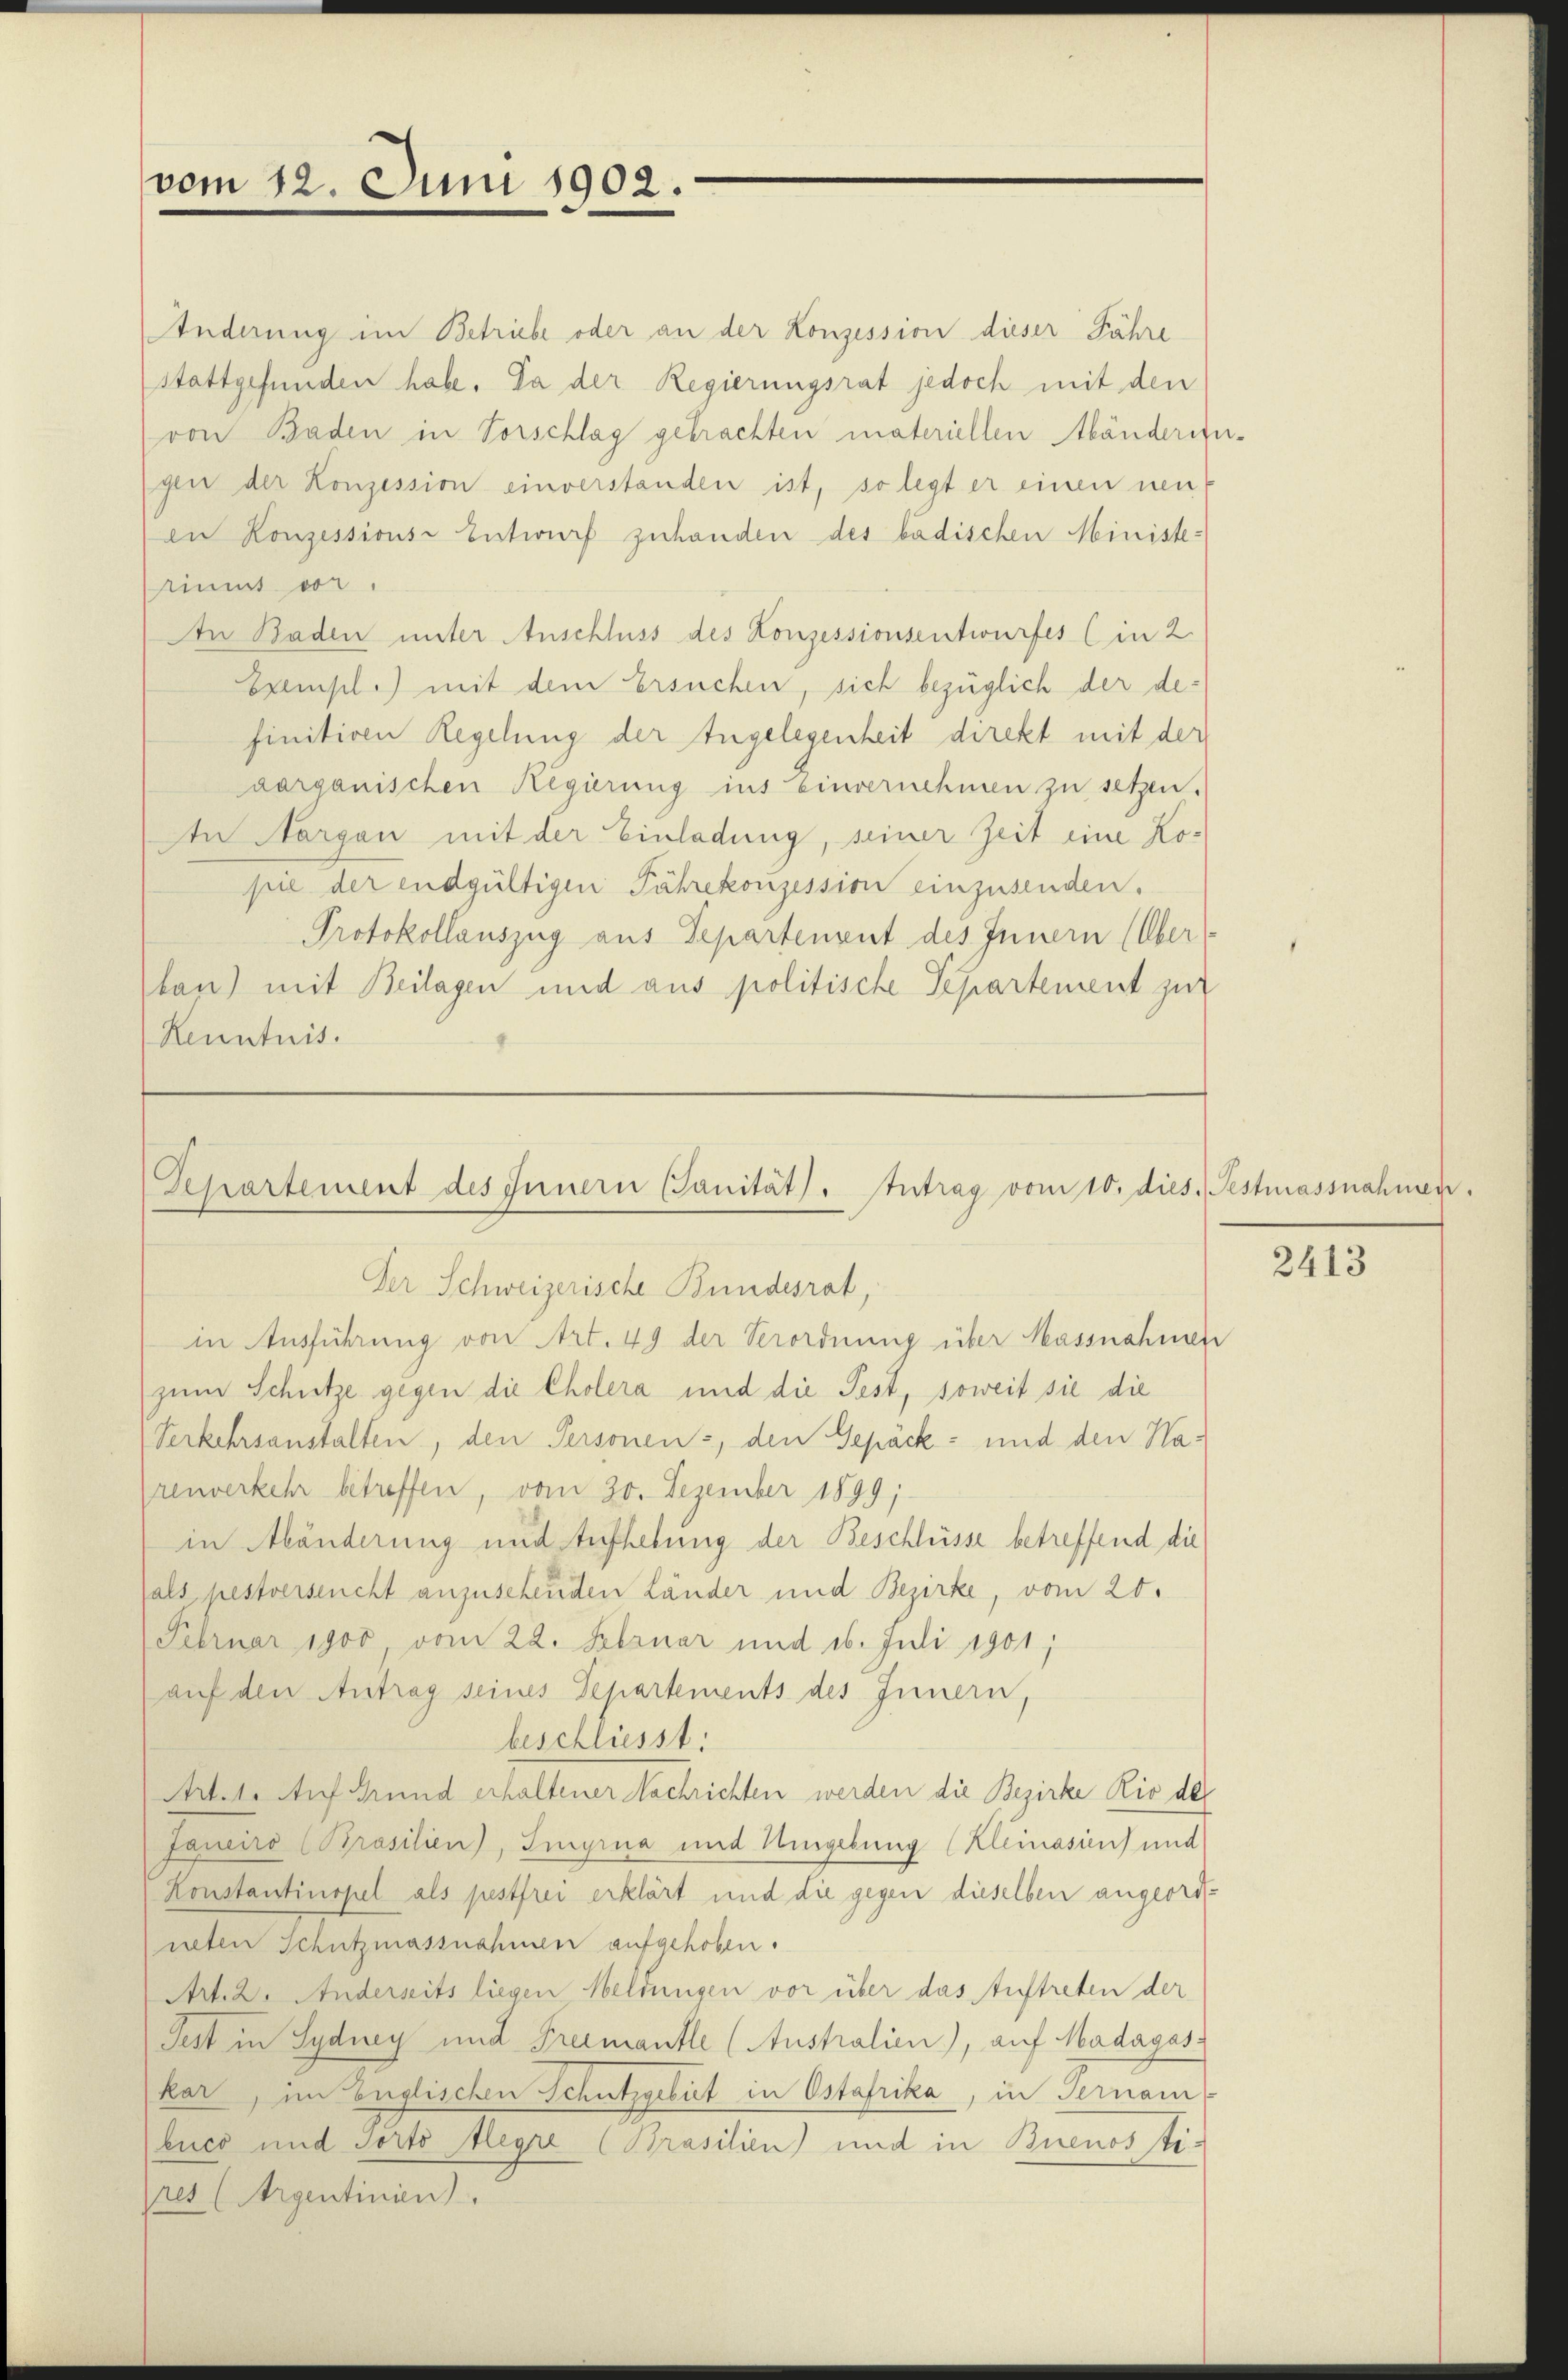
vom 12. Juni 1902.

Änderung im Betriebe oder an der Konzession dieser Jahre
stattgefunden habe. Da der Regierungsrat jedoch mit den
von Baden in Vorschlag gebrachten materiellen Abänderengen der Konzession einverstanden ist, so legt er einen neu
en Konzessions- Entwurf zuhanden des badischen Ministe-
riums vor.
An Baden unter Anschluss des Konzessionsentwurfes (in 2.
Exempl.) mit dem Ersuchen, sich bezüglich der definitiven Regelung der Angelegenheit direkt mit der
aarganischen Regierung ins Einvernehmen zu setzen.
In Nergan mit der Einladung, seiner Zeit eine Kopie der endgültigen Fährekonzession einzusenden.
Protokollauszug aus Departenent des Innern (Ober
lan) mit Beilagen und aus politische Separtement zur
Kenntnis.

Separtement des Innern Sanität. Antrag vom 10. dies
Der Schweizerische Bundesrat,

in Ausführung von Art. 49 der Verordnung über Massnahmen
zum Schütze gegen die Cholera und die Pest, soweit sie die
Verkehrsanstalten, den Personen, den Gepäck- und den Narenverkehr betreffen, vom 20. Dezember 1899;
in Mänderung und Aufhebung der Beschlüsse betreffend die
sals, pestverseucht anzusehenden Länder und Bezirke, vom 20.
Februar 1900 vom 22. Februar und 16. Juli 1901;
auf den Antrag seines Departements des Innern,
beschliesst:
Art. 1. Auf Grund erhaltener Nachrichten werden die Bezirke Rio des
Janeiro (Brasilien, Ingrua und Umgebung (Kleinasien und
Konstantinopel als pestfrei erklärt und die gegen dieselben angeordneten Schutzmassnahmen aufgehoben.
Art. 2. Anderseits liegen Meldungen vor über das Auftreten der
Jest in Sydney und Freimantle (Australien), auf Madagas
kar, im Englischen Schutzgebut in Ostafrika, in Ternam
luco und Porto begre (Brasilien) und in Buenos stires (Argentinien)

Festmassnahmen

2413